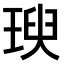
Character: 𤧙